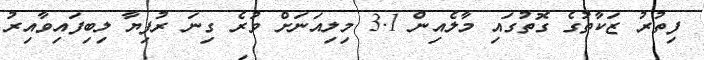
ފިތުރު ޒަކާތުގެ ގޮތުގައި މާލެއިން 3.1 މިލިއަނަށް ވުރެ ގިނަ ރުފިޔާ ލިބިފައިވާއިރު